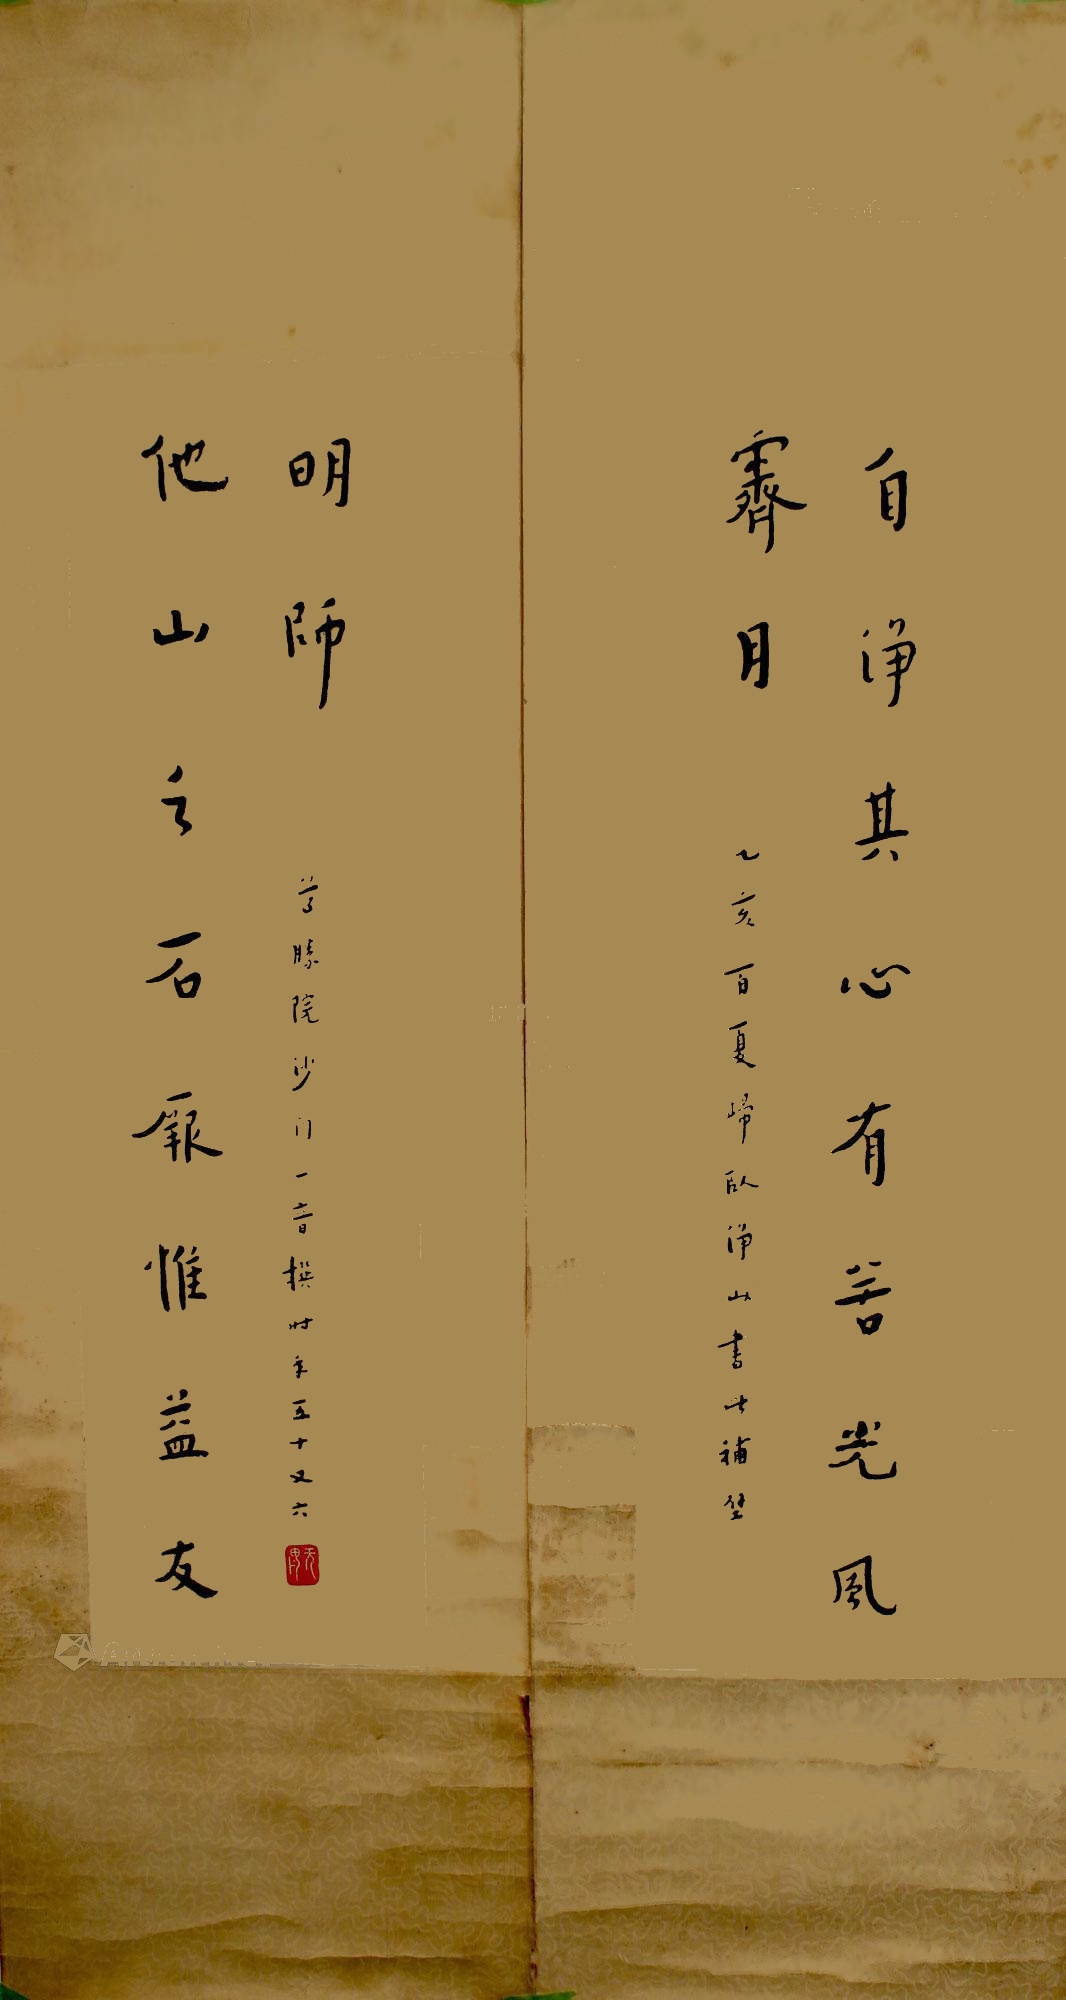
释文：自净其心，有若光风霁月；他山之石，厥惟益友明师。联首小序：“乙亥首夏，归卧净山，书此补壁”，联后题：“尊胜院沙门一音撰，时年五十有六。”.